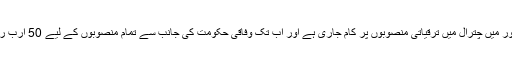
میاں افتخار الدین نے کہا کہ نواز شریف کے دور میں چترال میں ترقیاتی منصوبوں پر کام جاری ہے اور اب تک وفاقی حکومت کی جانب سے تمام منصوبوں کے لیے 50 ارب روپے کے منصوبے منظور کیے جا چکے ہیں۔